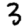
Digit: 3